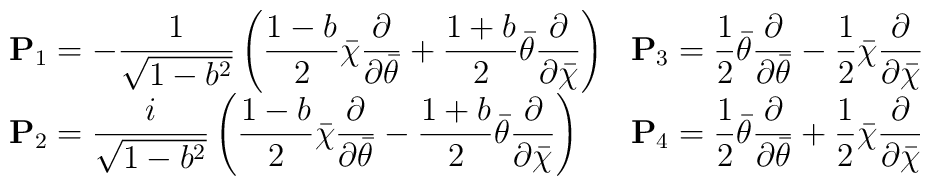
\begin{array}{ll}\displaystyle{\bf P}_1=-\frac{1}{\sqrt{1-b^2}}\left(\frac{1-b}{2}\bar\chi\frac\partial{\partial\bar\theta}+\frac{1+b}{2}\bar\theta\frac\partial{\partial\bar\chi}\right) &\displaystyle{\bf P}_3=\frac12\bar\theta\frac\partial{\partial\bar\theta}-\frac12\bar\chi\frac\partial{\partial\bar\chi} \\ \displaystyle{\bf P}_2=\frac{i}{\sqrt{1-b^2}}\left(\frac{1-b}{2}\bar\chi\frac\partial{\partial\bar\theta}-\frac{1+b}{2}\bar\theta\frac\partial{\partial\bar\chi}\right) &\displaystyle{\bf P}_4=\frac12\bar\theta\frac\partial{\partial\bar\theta}+\frac12\bar\chi\frac\partial{\partial\bar\chi}\end{array}